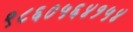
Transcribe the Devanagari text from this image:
९८६०५६४१५४